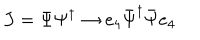
LaTeX: J = \Psi \Psi ^ { \dagger } \rightarrow e _ { 4 } \bar { \Psi } ^ { \dagger } \bar { \Psi } e _ { 4 }